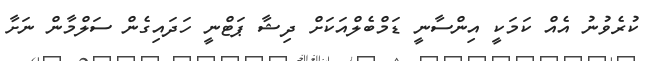
ކުރެވުނު އެއް ކަމަކީ އިންސާނީ ޑަމްބެލްއަކަށް ދިޝާ ޕަޓްނީ ހަދައިގެން ސަލްމާން ނަށާ